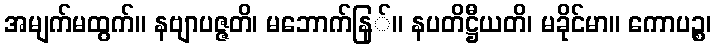
အမျက်မထွက်။ နဗျာပဇ္ဇတိ၊ မဘောက်နြ်။ နပတိဋ္ဌီယတိ၊ မခိုင်မာ။ ကောပဉ္စ၊